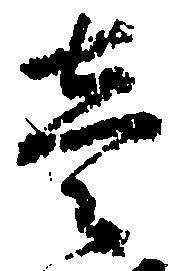
壱